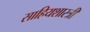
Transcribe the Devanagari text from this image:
साहियशास्त्री